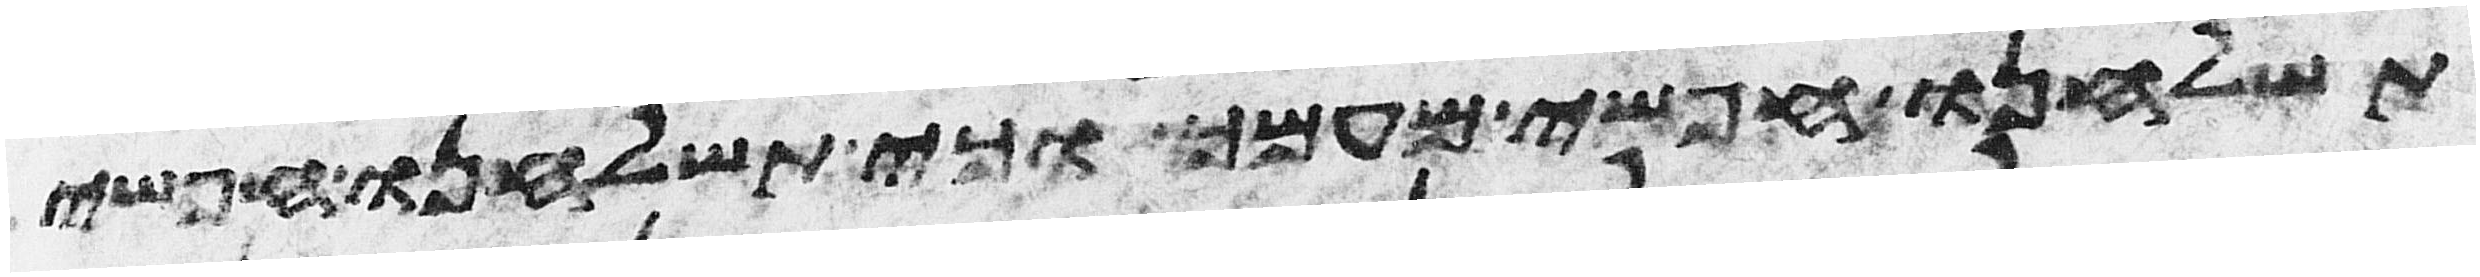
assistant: תשלחנו חפשי מעמך וכי תשלחנו חפשי